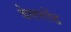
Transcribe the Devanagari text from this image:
बेलगोंड